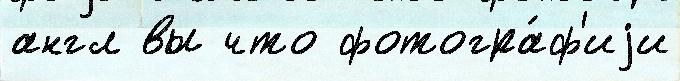
англ вы что фотогра́ф'иjи